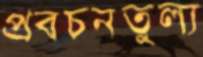
প্রবচনতুল্য